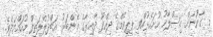
މި ގާނޫނަށް އިސްލާހު ހުށަހެޅުއްވީ ޕީޕީއެމްގެ ދިއްދޫ ދާއިރާގެ މެންބަރު އަބްދުލްލަތީފް މުހައްމަދެވެ.